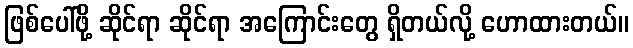
ဖြစ်ပေါ်ဖို့ ဆိုင်ရာ ဆိုင်ရာ အကြောင်းတွေ ရှိတယ်လို့ ဟောထားတယ်။